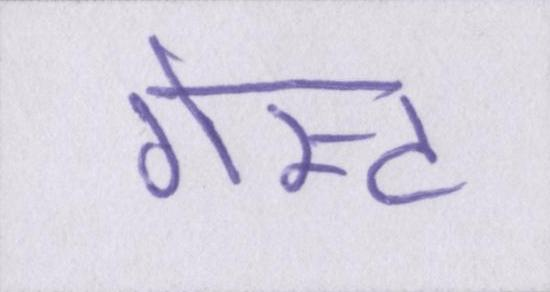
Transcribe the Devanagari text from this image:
गेस्ट